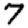
Digit: 7